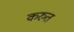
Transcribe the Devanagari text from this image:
करुत